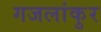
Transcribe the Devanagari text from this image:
गजलांकुर